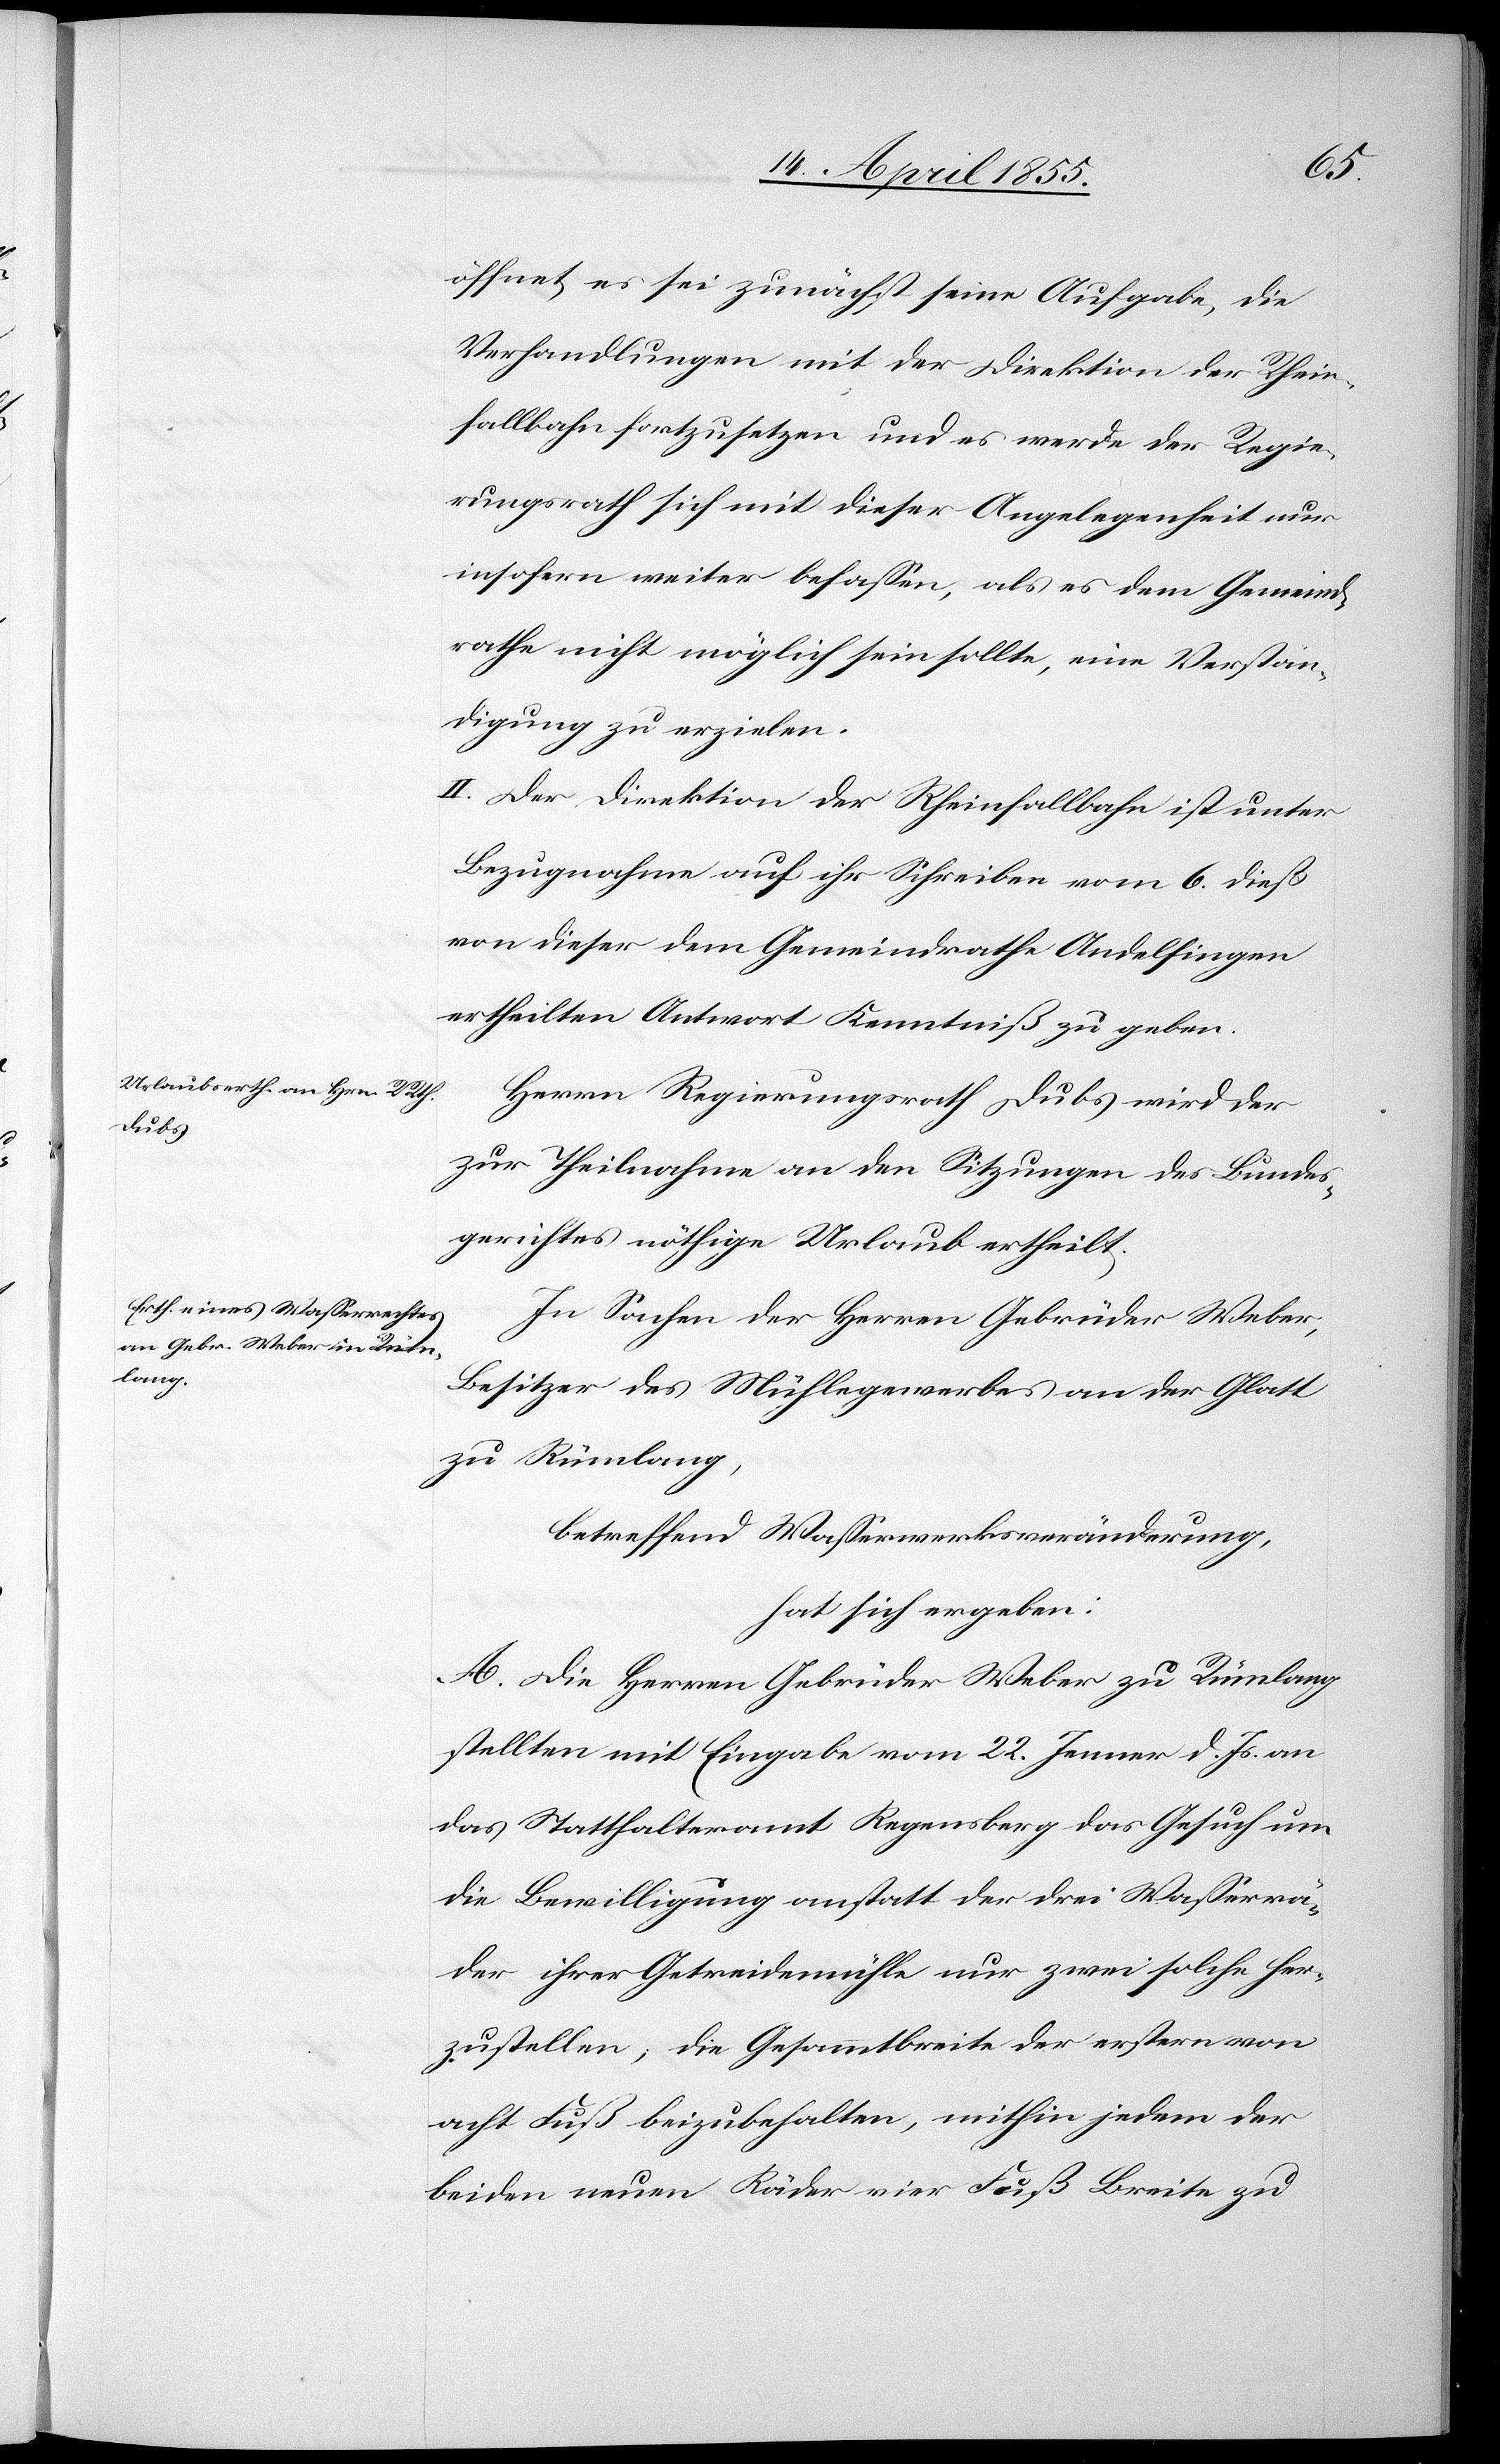
öffnet, es sei zunächst seine Aufgabe, die
Verhandlungen mit der Direktion der Rhein¬
fallbahn fortzusetzen und es werde der Regie¬
rungsrath sich mit dieser Angelegenheit nur
insofern weiter befassen, als es dem Gemeind¬
rathe nicht möglich sein sollte, eine Verstän¬
digung zu erzielen.
II. Der Direktion der Rheinfallbahn ist unter
Bezugnahme auf ihr Schreiben vom 6. dieß
von dieser dem Gemeindrathe Andelfingen
ertheilten Antwort Kenntniß zu geben.
Herrn Regierungsrath Dubs wird der
zur Theilnahme an den Sitzungen des Bundes¬
gerichtes nöthige Urlaub ertheilt.
In Sachen der Herren Gebrüder Weber,
Besitzer des Mühlegewerbes an der Glatt
zu Rümlang,
betreffend Wasserwerksveränderung,
hat sich ergeben:
A. Die Herren Gebrüder Weber zu Rümlang
stellten mit Eingabe vom 22. Jenner d. Js. an
das Statthalteramt Regensberg das Gesuch um
die Bewilligung anstatt der drei Wasserrä¬
der ihrer Getreidemühle nur zwei solche her¬
zustellen; die Gesammtbreite der erstern von
acht Fuß beizubehalten, mithin jedem der
beiden neuen Räder vier Fuß Breite zu